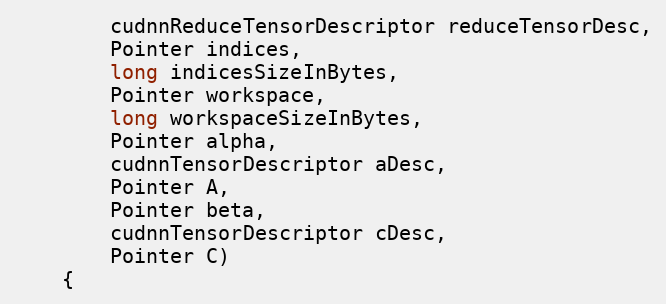
Language: Java
        cudnnReduceTensorDescriptor reduceTensorDesc,
        Pointer indices,
        long indicesSizeInBytes,
        Pointer workspace,
        long workspaceSizeInBytes,
        Pointer alpha,
        cudnnTensorDescriptor aDesc,
        Pointer A,
        Pointer beta,
        cudnnTensorDescriptor cDesc,
        Pointer C)
    {